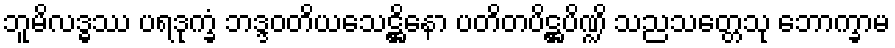
ဘူမိလဒ္ဓဿ ပရဒုက္ခံ ဘဒ္ဒဝတိယသေဋ္ဌိနော ပတိတပိဋ္ဌပိဏ္ဍိ သညသတ္တေသု ဘောက္ခာမ